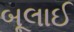
બૂલાઈ